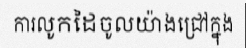
ការលូកដៃចូលយ៉ាងជ្រៅក្នុង